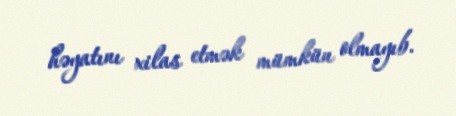
həyatını xilas etmək mümkün olmayıb.